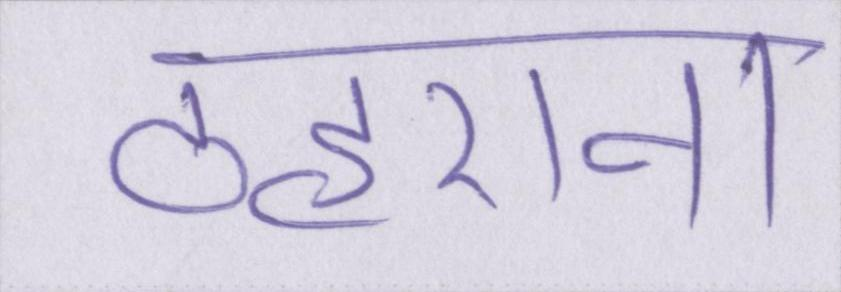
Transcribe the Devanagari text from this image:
ठहराना